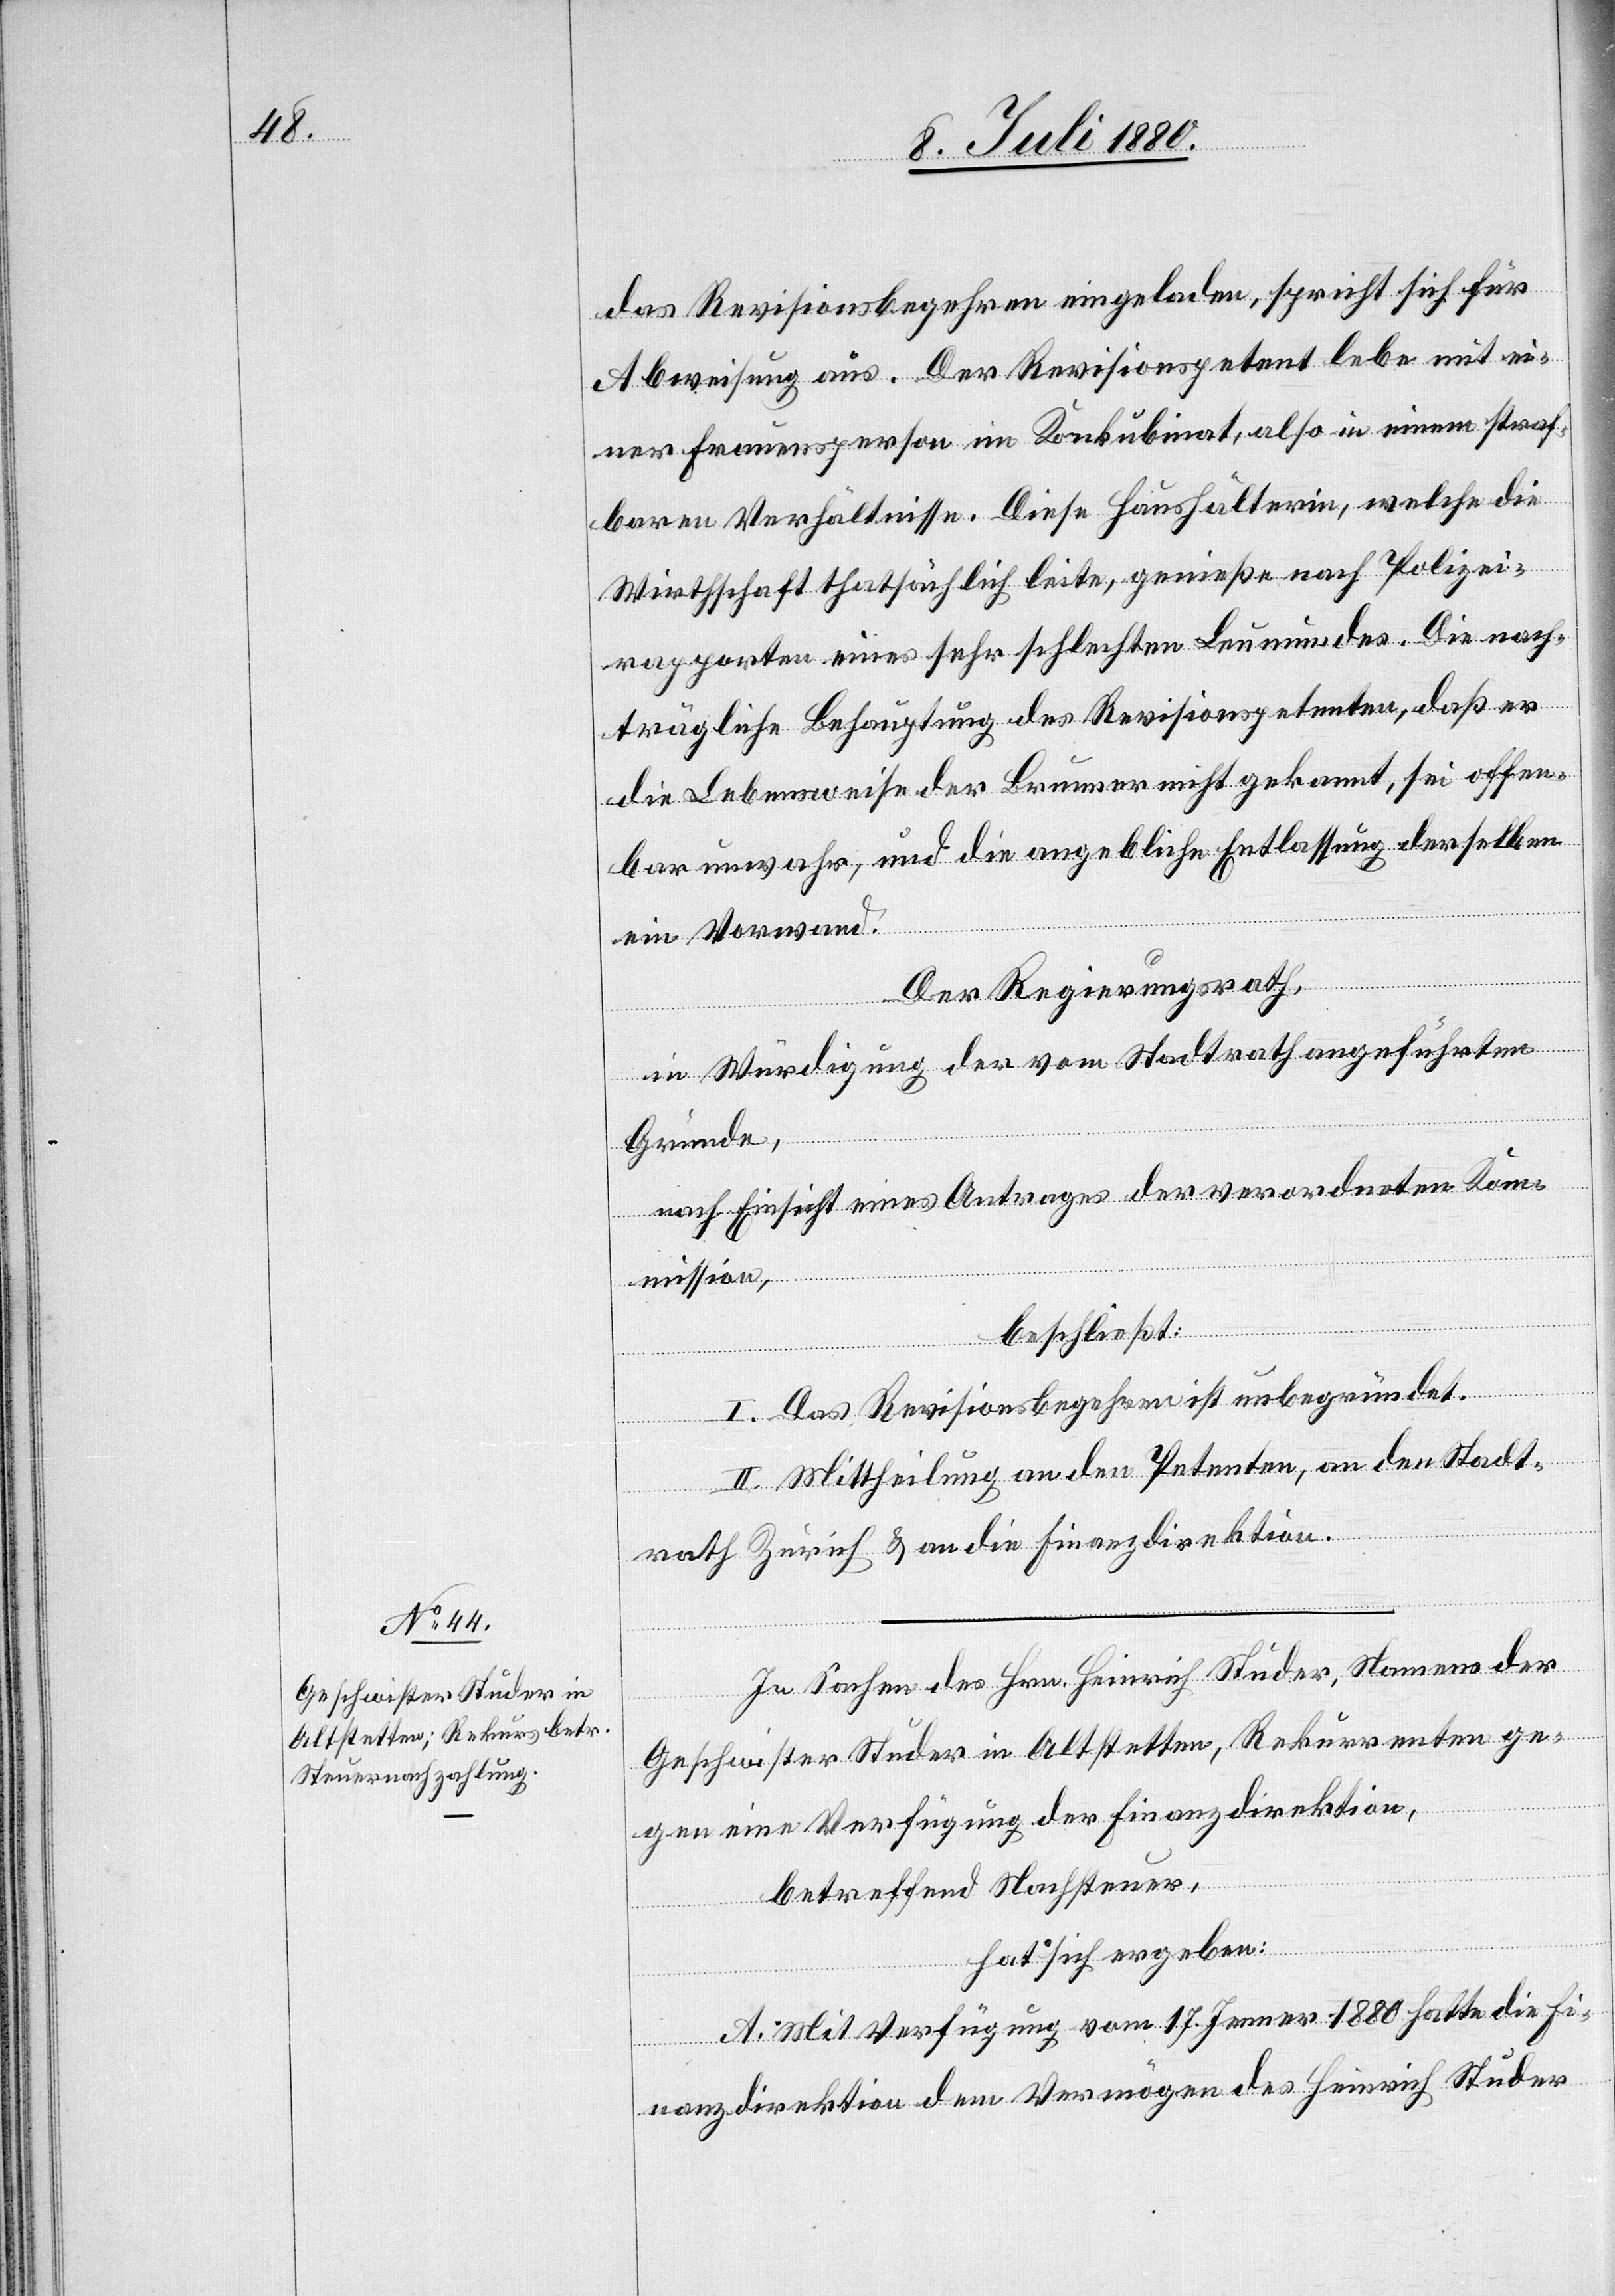
das Revisionsbegehren eingeladen, spricht sich für
Abweisung aus. Der Revisionspetent lebe mit ei¬
ner Frauensperson im Konkubinat, also in einem straf¬
baren Verhältnisse. Diese Haushälterin, welche die
Wirthschaft thatsächlich leite, genieße nach Polizei¬
rapporten eines sehr schlechten Leumundes. Die nach¬
trägliche Behauptung des Revisionspetenten, daß er
die Lebensweise der Brunner nicht gekannt, sei offen¬
bar unwahr, und die angebliche Entlassung derselben
ein Vorwand.
Der Regierungsrath,
in Würdigung der vom Stadtrath angeführten
Gründe,
nach Einsicht eines Antrages der verordneten Ko¬
mmission,
beschließt:
I. Das Revisionsbegehren ist unbegründet.
II. Mittheilung an den Petenten, an den Stadt¬
rath Zürich & an die Finanzdirektion.
In Sachen des Hrn. Heinrich Studer, Namens der
Geschwister Studer in Altstetten, Rekurrenten ge¬
gen eine Verfügung der Finanzdirektion,
betreffend Nachsteuer,
hat sich ergeben:
A. Mit Verfügung vom 17. Jenner 1880 hatte die Fi¬
nanzdirektion dem Vermögen des Heinrich Studer